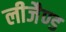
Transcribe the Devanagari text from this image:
लीजैण्ड